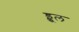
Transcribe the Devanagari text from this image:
ड्डूल